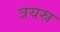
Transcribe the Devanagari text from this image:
त्रयस्र